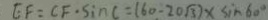
E F = C F \cdot \sin C = ( 6 0 - 2 0 \sqrt { 3 } ) \times \sin 6 0 ^ { \circ }